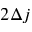
2 \Delta j